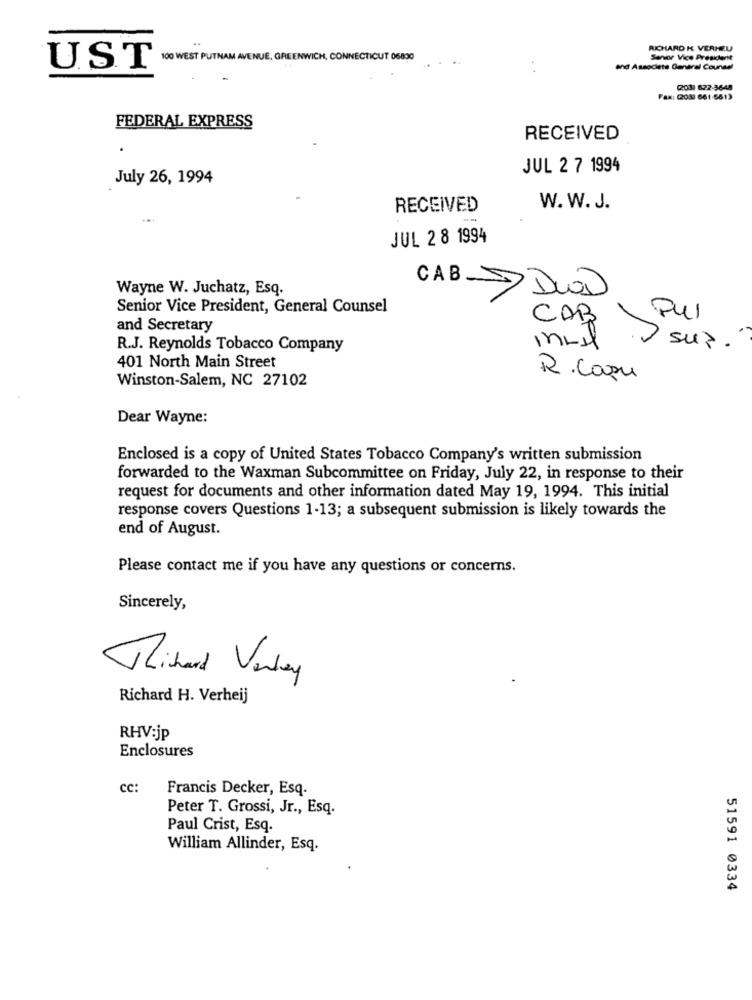
RICHARD H. VERHEU
100 WEST PUTNAM AVENUE, GREENWICH, CONNECTICUT 06800
Senior Vice Presidentt
UST
. .
and Associate General Counsel
203 622-3648
Fax: (2OM 661-6613
FEDERAL EXPRESS
RECEIVED
JUL 2 7 1994
July 26, 1994
RECEIVED
W. W. J.
--
JUL 2 8 1994
Wayne W. Juchatz, Esq.
CABDIOD
Senior Vice President, General Counsel
CAB
FUI
and Secretary
R.J. Reynolds Tobacco Company
in-Il
SUP.
401 North Main Street
Winston-Salem, NC 27102
R. Capu
Dear Wayne:
Enclosed is a copy of United States Tobacco Company's written submission
forwarded to the Waxman Subcommittee on Friday, July 22, in response to their
request for documents and other information dated May 19, 1994. This initial
response covers Questions 1-13; a subsequent submission is likely towards the
end of August.
Please contact me if you have any questions or concerns.
Sincerely,
Richard Varley
Richard H. Verheij
RHV:jp
Enclosures
CC:
Francis Decker, Esq.
Peter T. Grossi, Jr ., Esq.
Paul Crist, Esq.
William Allinder, Esq.
51591 0334